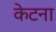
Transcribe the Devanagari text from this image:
केटना